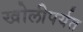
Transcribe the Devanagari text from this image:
खोलीपर्यत